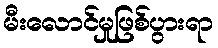
မီးလောင်မှုဖြစ်ပွားရာ